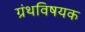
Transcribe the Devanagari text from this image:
ग्रंथविषयक